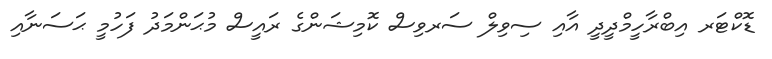
ޑޮކްޓަރ އިބްރާހީމްދީދީ އާއި ސިވިލް ސަރވިސް ކޮމިޝަންގެ ރައީސް މުޙަންމަދު ފަހުމީ ޙަސަނާއި